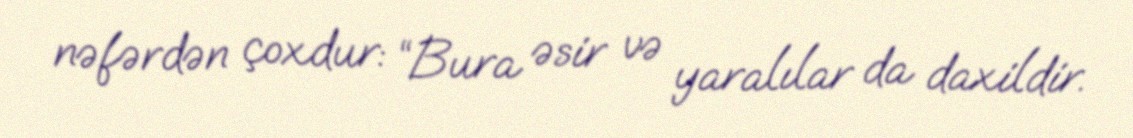
nəfərdən çoxdur: “Bura əsir və yaralılar da daxildir.